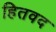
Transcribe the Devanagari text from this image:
हितवद